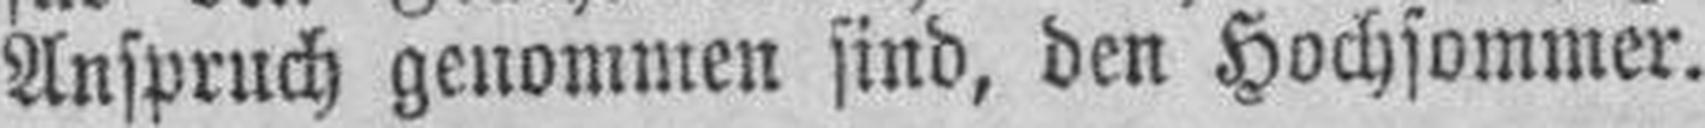
Anspruch genommen sind, den Hochsommer.